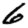
Digit: 6